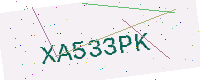
Text: XA533PK